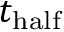
t _ { \mathrm { h a l f } }